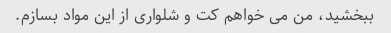
ببخشید، من می خواهم کت و شلواری از این مواد بسازم.